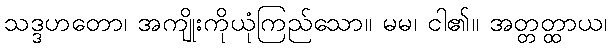
သဒ္ဒဟတော၊ အကျိုးကိုယုံကြည်သော။ မမ၊ ငါ၏။ အတ္တတ္ထာယ၊